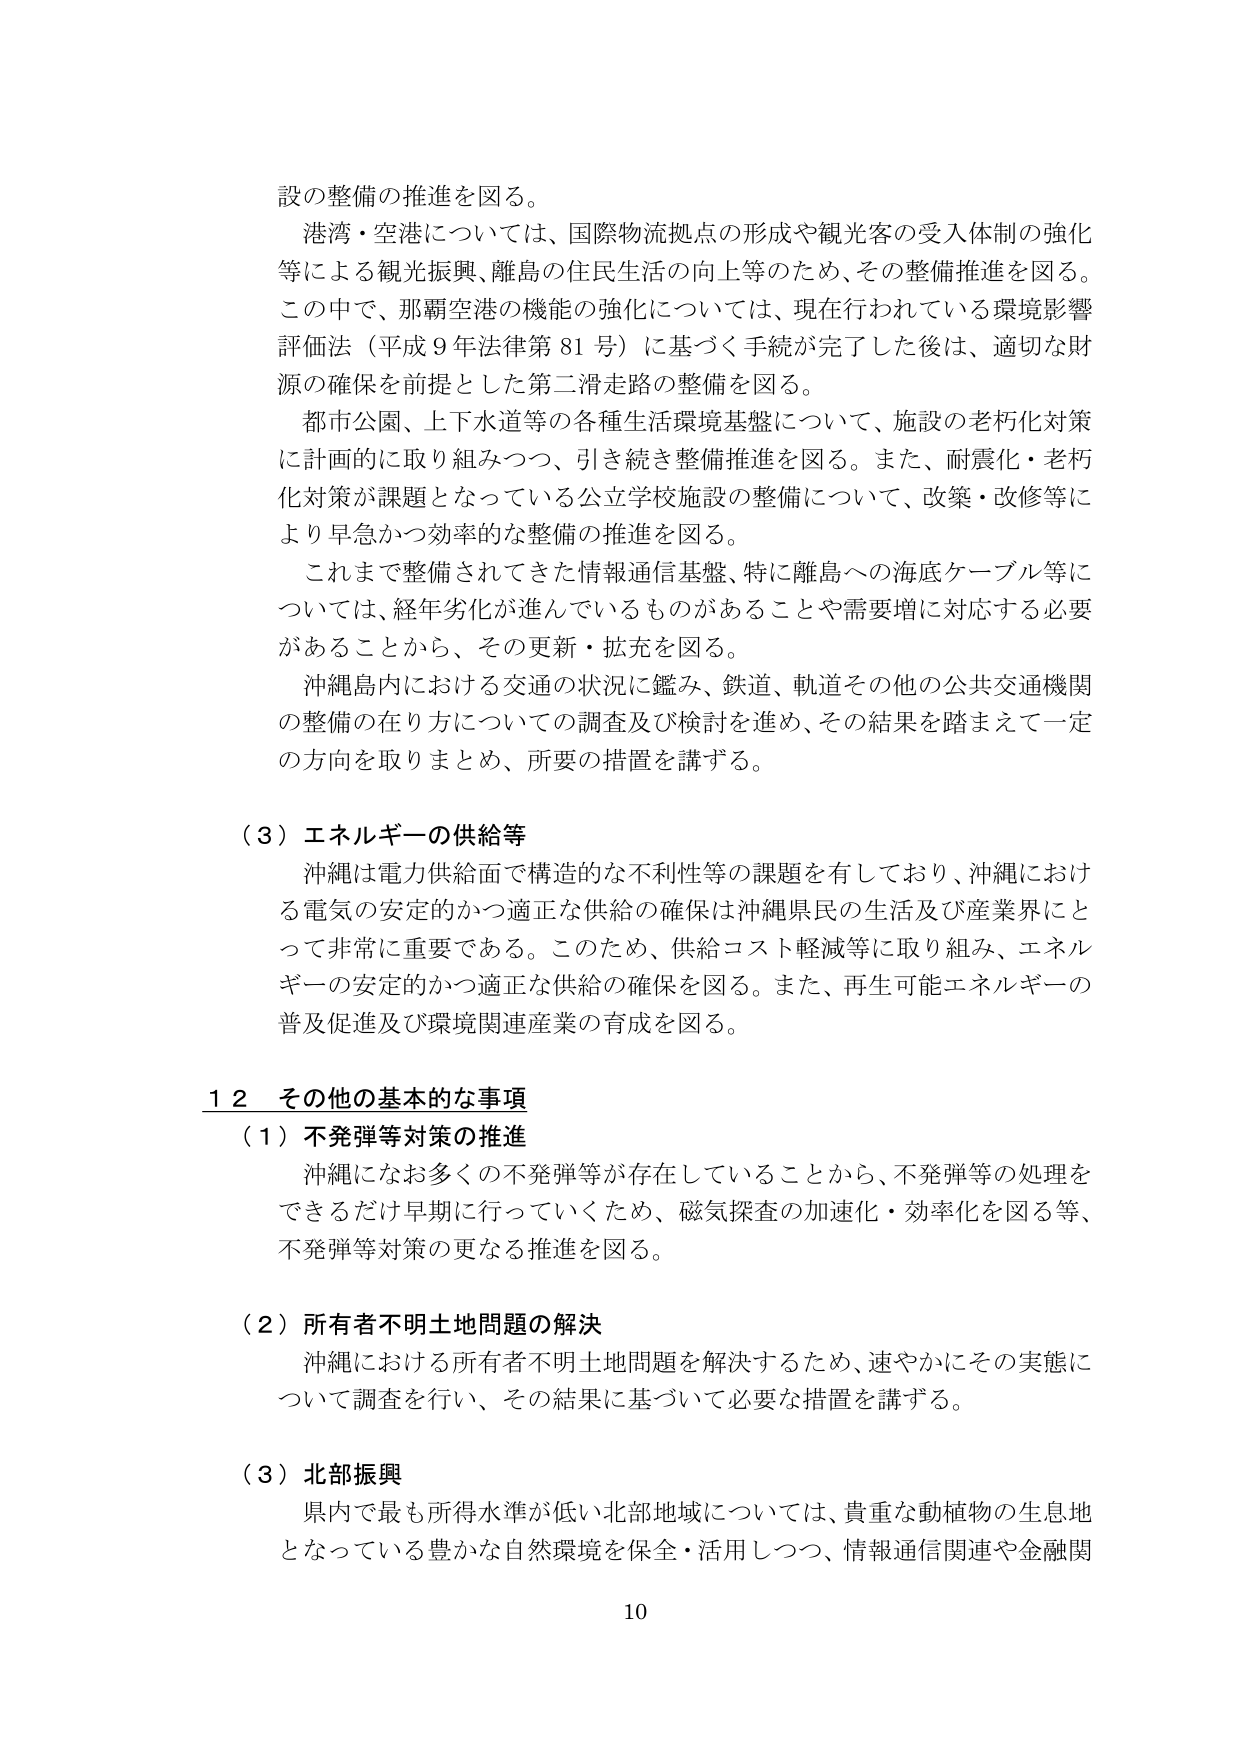
設の整備の推進を図る。

港湾・空港については、国際物流拠点の形成や観光客の受入体制の強化等による観光振興、離島の住民生活の向上等のため、その整備推進を図る。この中で、那覇空港の機能の強化については、現在行われている環境影響評価法（平成９年法律第８１号）に基づく手続が完了した後は、適切な財源の確保を前提とした第二滑走路の整備を図る。

都市公園、上下水道等の各種生活環境基盤について、施設の老朽化対策に計画的に取り組みつつ、引き続き整備推進を図る。また、耐震化・老朽化対策が課題となっている公立学校施設の整備について、改築・改修等により早急かつ効率的な整備の推進を図る。

これまで整備されてきた情報通信基盤、特に離島への海底ケーブル等については、経年劣化が進んでいるものがあることや需要増に対応する必要があることから、その更新・拡充を図る。

沖縄島内における交通の状況に鑑み、鉄道、軌道その他の公共交通機関の整備の在り方についての調査及び検討を進め、その結果を踏まえて一定の方向を取りまとめ、所要の措置を講ずる。

（３）エネルギーの供給等

沖縄は電力供給面で構造的な不利性等の課題を有しており、沖縄における電気の安定的かつ適正な供給の確保は沖縄県民の生活及び産業界にとって非常に重要である。このため、供給コスト軽減等に取り組み、エネルギーの安定的かつ適正な供給の確保を図る。また、再生可能エネルギーの普及及促進及び環境関連産業の育成を図る。

１２ その他の基本的な事項

（１）不発弾等対策の推進

沖縄になお多くの不発弾等が存在していることから、不発弾等の処理をできるだけ早期に行っていくため、磁気探査の加速化・効率化を図る等、不発弾等対策の更なる推進を図る。

（２）所有者不明土地問題の解決

沖縄における所有者不明土地問題を解決するため、速やかにその実態について調査を行い、その結果に基づいて必要な措置を講ずる。

（３）北部振興

県内で最も所得水準が低い北部地域については、貴重な動植物の生息地となっている豊かな自然環境を保全・活用しつつ、情報通信関連や金融関

10